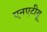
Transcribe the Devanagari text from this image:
एनएटीयू